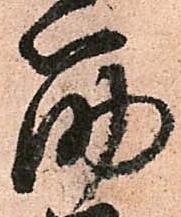
筋